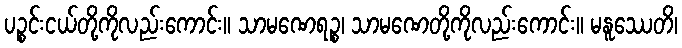
ပဉ္စင်းငယ်တို့ကိုလည်းကောင်း။ သာမဏေရဉ္စ၊ သာမဏေတို့ကိုလည်းကောင်း။ မနူဿေတိ၊